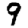
Digit: 9